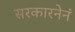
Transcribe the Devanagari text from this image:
सरकारनेनं